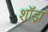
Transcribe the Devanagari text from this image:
शॉझ